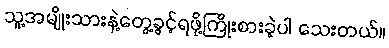
သူ့အမျိုးသားနဲ့တွေ့ခွင့်ရဖို့ကြိုးစားခဲ့ပါ သေးတယ်။